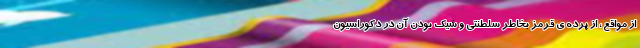
از مواقع ، از پرده ی قرمز بخاطر سلطنتی و شیک بودن آن در دکوراسیون